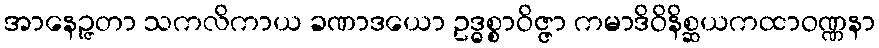
အာနေဉ္ဇတာ သကလိကာယ ခဏာဒယော ဥဒ္ဓစ္စာဝိဇ္ဇာ ကမာဒိဝိနိစ္ဆယကထာဝဏ္ဏနာ